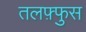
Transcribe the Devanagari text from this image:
तलफ़्फुस